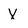
Character: X